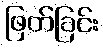
ဖြတ်ခြင်း